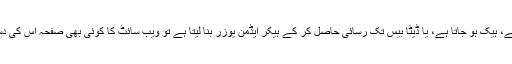
آپ کا پاس ورڈ چوری ہو جاتا ہے، ہیک ہو جاتا ہے، یا ڈیٹا بیس تک رسائی حاصل کر کے ہیکر ایڈمن یوزر بنا لیتا ہے تو ویب سائٹ کا کوئی بھی صفحہ اس کی دسترس سے محفوظ نہیں رہے گا۔